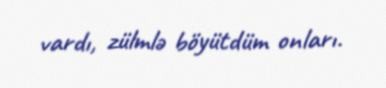
vardı, zülmlə böyütdüm onları.